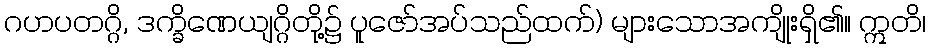
ဂဟပတဂ္ဂိ, ဒက္ခိဏေယျဂ္ဂိတို့၌ ပူဇော်အပ်သည်ထက်) များသောအကျိုးရှိ၏။ ဣတိ၊